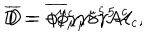
D = - \phi _ { \mu } ^ { c } \gamma ^ { \mu } \gamma ^ { 5 } { \cal A } _ { c } , \hspace { 0 . 8 c m } \overline { { D } } = \overline { { { \phi _ { c } ^ { \mu } } } } \gamma _ { \mu } \gamma ^ { 5 } { \cal A } ^ { c }